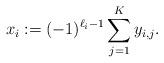
LaTeX: \begin{align*}x_i:=(-1)^{\ell_i-1}\sum_{j=1}^Ky_{i,j}.\end{align*}